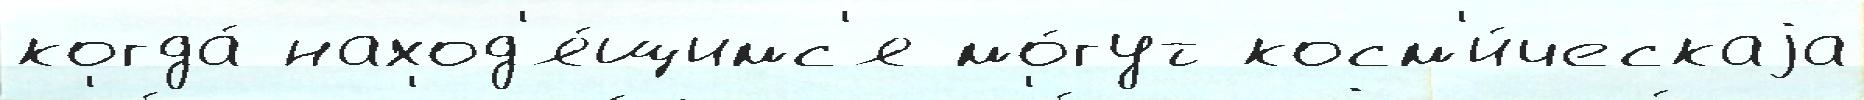
когда́ наход'я́щимс'я мо́гут косм'и́ческаjа